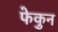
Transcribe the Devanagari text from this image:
फेकुन